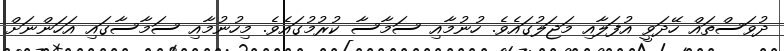
ދުވަސްތައް ހޭދަވީ އުފަލާއި މަޖަލުގައެވެ. ހުނުމާއި ސަމާސާ ކުރުމުގައެވެ. މިހުނުމާއި ސަމާސާގައި އަހަންނަށް